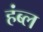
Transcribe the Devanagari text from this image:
हंब्ल